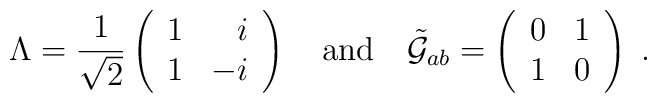
\Lambda =  {1\over{\sqrt{2}}}	\left(\begin{array}{rr}		1 & i \\		1 & -i \\		\end{array}	\right)\quad {\rm{and}} \quad\tilde{{\cal G}}_{ab} =		\left(	\begin{array}{cc}			0 & 1 \\			1 & 0 \\			\end{array}		\right) \;.